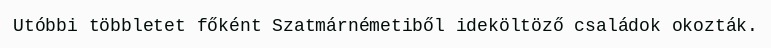
Utóbbi többletet főként Szatmárnémetiből ideköltöző családok okozták.